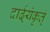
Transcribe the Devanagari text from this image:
दार्ढ्‌यंकृत्